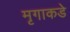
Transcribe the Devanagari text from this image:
मृगाकडे